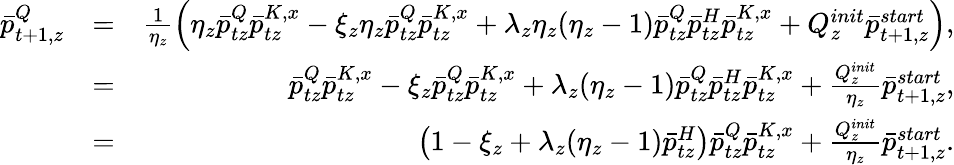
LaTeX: \begin{array}{rlr}{\bar{p}_{t+1,z}^{Q}}&{=}&{\frac{1}{\eta_{z}}\left(\eta_{z}\bar{p}_{tz}^{Q}\bar{p}_{tz}^{K,x}-\xi_{z}\eta_{z}\bar{p}_{tz}^{Q}\bar{p}_{tz}^{K,x}+\lambda_{z}\eta_{z}(\eta_{z}-1)\bar{p}_{tz}^{Q}\bar{p}_{tz}^{H}\bar{p}_{tz}^{K,x}+Q_{z}^{init}\bar{p}_{t+1,z}^{start}\right),}\\ &{=}&{\bar{p}_{tz}^{Q}\bar{p}_{tz}^{K,x}-\xi_{z}\bar{p}_{tz}^{Q}\bar{p}_{tz}^{K,x}+\lambda_{z}(\eta_{z}-1)\bar{p}_{tz}^{Q}\bar{p}_{tz}^{H}\bar{p}_{tz}^{K,x}+\frac{Q_{z}^{init}}{\eta_{z}}\bar{p}_{t+1,z}^{start},}\\ &{=}&{\left(1-\xi_{z}+\lambda_{z}(\eta_{z}-1)\bar{p}_{tz}^{H}\right)\bar{p}_{tz}^{Q}\bar{p}_{tz}^{K,x}+\frac{Q_{z}^{init}}{\eta_{z}}\bar{p}_{t+1,z}^{start}.}\end{array}